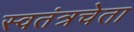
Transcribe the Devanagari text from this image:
स्वतंत्रचेता